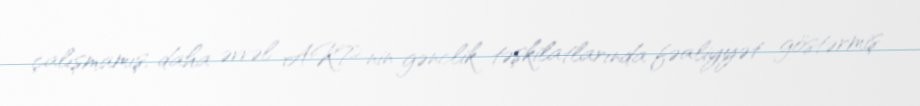
çalışmamış, daha əvvəl AKP-nin gənclik təşkilatlarında fəaliyyət göstərmiş